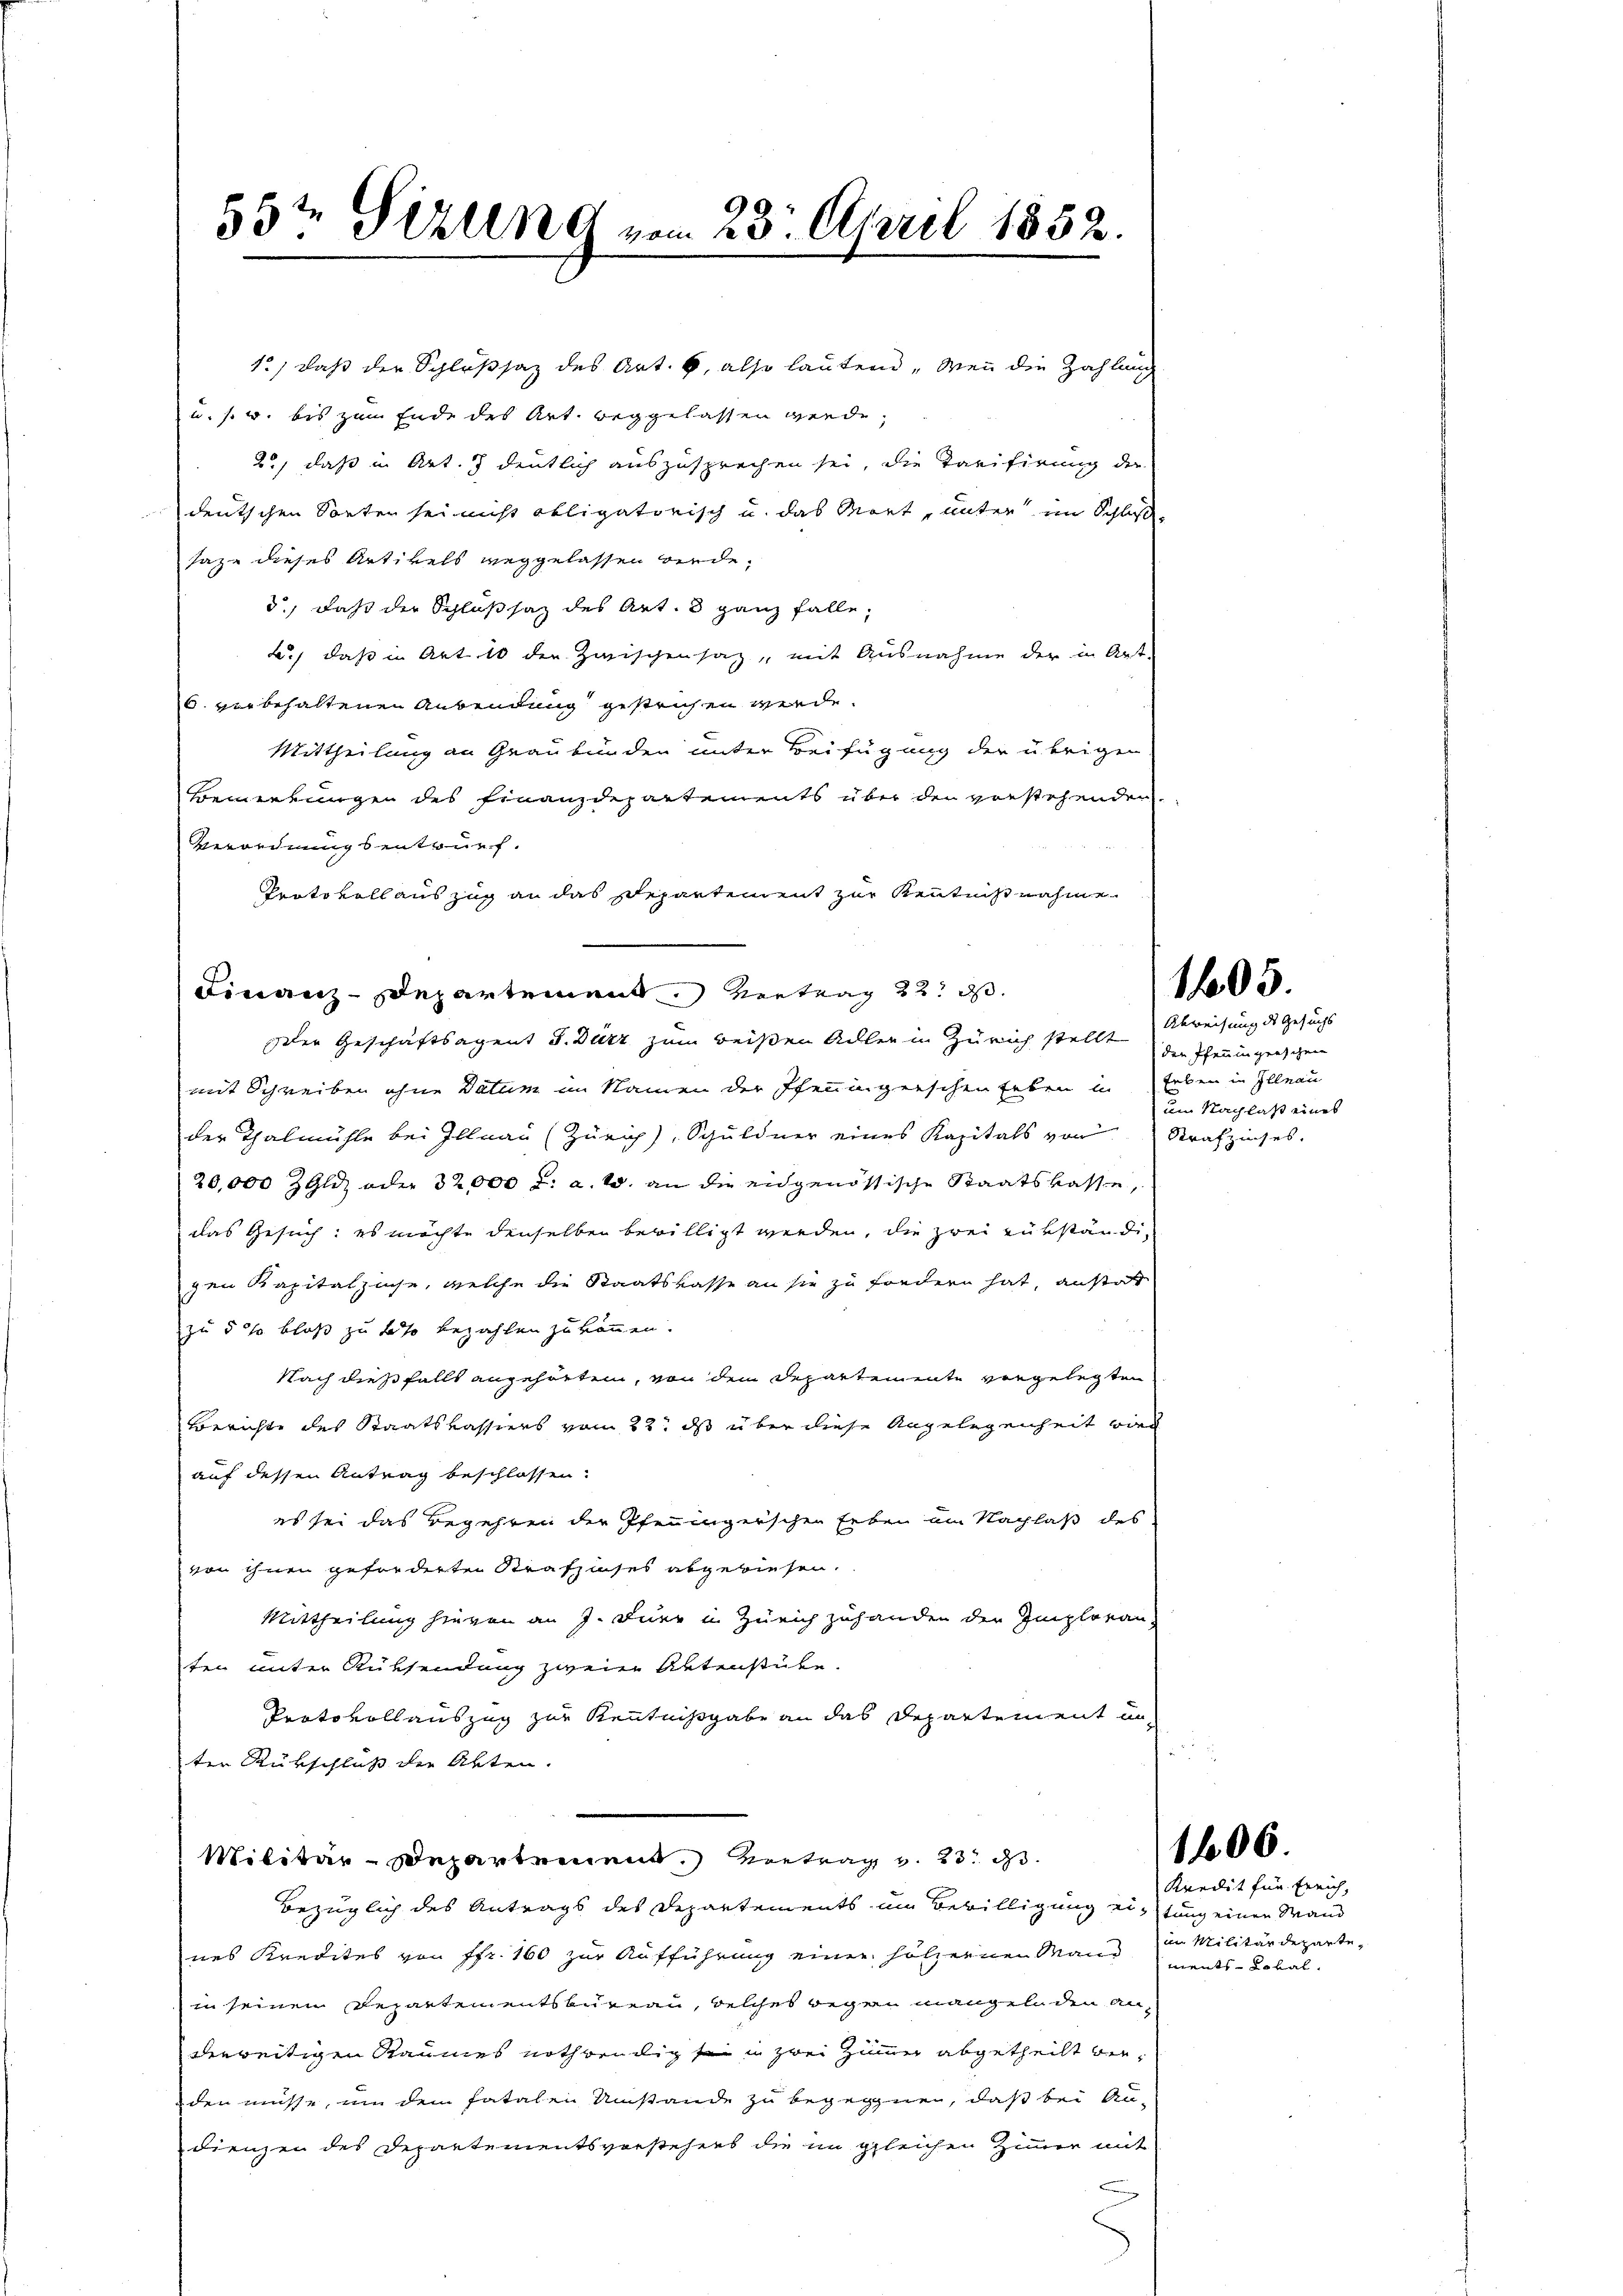
12, daß der Schlußsaz des Art. 6, also lautend „Wenn die Zahlung
u. s. w. bis zum Ende des Art. beggelassen werde,
2., daß in Art. 7 deutlich auszusprechen sei, die Tarifirung der
deutschen Sonter sei nicht obligatorisch u. das Mart, unter im Schluß
saze dieses Artikels weggelassen werde.
d., daß der Schlußsaz des Art. 3 ganz falle,
k., daß in Art. 10 der Zwischensaz, mit Ausnahme der in Art
6. vorbehaltenen Anwendung gestrichen werde.
Mittheilung an Graubünden unter Beifügung der übrigen
Bemerkungen des Finanzdepartements über den vorstehenden.
Verordnungsentwurf.
Protokoll auszug an das Departement zur Kenntnisnahme
Finanz-Departement. Vertrag 22. ds.
mit Schreiben ohne Datum im Namen der Pfennigerschen Erben in Erben in Illnau
der Thalmühle bei Illnau (Zürich), Schuldner eines Kapitals von Strafzinses.
20,000 ZGld, oder 32000 l. a. W. an die eidgenössische Staatskasse,
das Gesuch: es möchte denselben bewilligt werden, die zwei rükständig
gen Kapitalzinse, welche die Staatskasse an sie zu fordern hat, anstatt
zu 5 % bloß zu so bezahlen zu können.
Nach dießfalls angehörten, von dem Departemente vorgelegten
Berichte des Staatskassiers vom 22. ds über diese Angelegenheit wird
auf dessen Antrag beschlossen:
es sei das Begehren der Pfeningerschen Erben am Nachlaß des
von ihnen geforderten Strafzinses abgewiesen.
Mittheilung hievon an J. Dürr in Zürich zuhanden der Imploran-
ten unter Rüksendung zweier Aktenstube.
Protokollauszug zur Kenntnißgabe an das Departement un
ter Rükschluß die Akten.
Militär-Departement. Vortrag v. 23. ds.
bezüglich des Antrags des Departements im Bewilligung einstung einen Wand
nes Kredites von ffr. 160 zur Aufführung einer hölzernen Mand in Militärdepartein seinen Departementsbureau, welches wegen mangeln den Anderweitigen Raumes nothwendig sei in zwei Zimmer abgetheilt beiden müsse, um dem fatalen Umstände zu begegnen, daß bei An-
dienzen des Departementsvorstehens die im gleichen Zimmer mit
n

55t Sizung vom 23. April 1852.

der Geschäftsagent J. Dürz zum reißen Adler in Zürich stellt die Theningenschen

1605.

Abweisung des Gesuchs
um Nachlas eines

1606.

Kredit für Errich,
ments-Lokal.